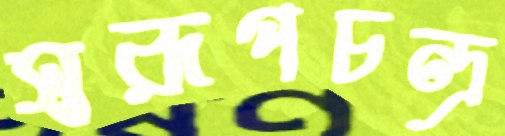
স্বরূপচন্দ্র